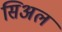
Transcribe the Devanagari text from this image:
सिअल